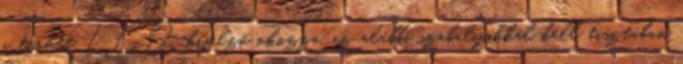
a törött LCD-kijelző okozza, az alábbi szabályokkal kell tisztában